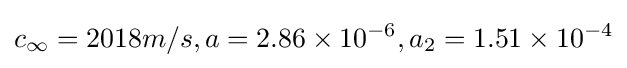
c_{\infty }=2018m/s,a=2.86\times 10^{-6},a_{2}=1.51\times 10^{-4}